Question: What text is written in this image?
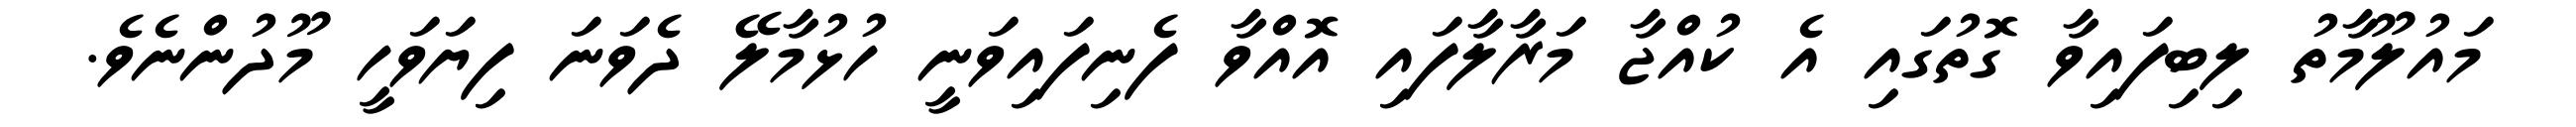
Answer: މައުލޫމާތު ލިބިފައިވާ ގޮތުގައި އެ ކުއްޖާ މަރާލާފައި އޮއްވާ ފެނިފައިވަނީ ހުޅުމާލޭ ދެވަނަ ފިޔަވަހީ މޫދުންނެވެ.